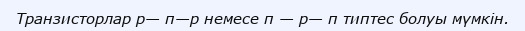
Транзисторлар р— п—р немесе п — р— п типтес болуы мүмкін.